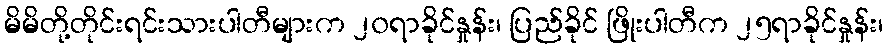
မိမိတို့တိုင်းရင်းသားပါတီများက ၂၀ရာခိုင်နှုန်း၊ ပြည်ခိုင် ဖြိုးပါတီက ၂၅ရာခိုင်နှုန်း၊